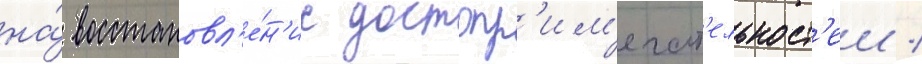
на́ восстановл'е́н'ие достопр'им'ечат'ельност'еи /